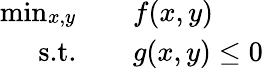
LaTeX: \begin{array}{rl}{\operatorname*{min}_{\substack{x,y}}\quad}&{{}f(x,y)}\\ {\textrm{s.t.}\quad}&{{}g(x,y)\leq 0}\end{array}